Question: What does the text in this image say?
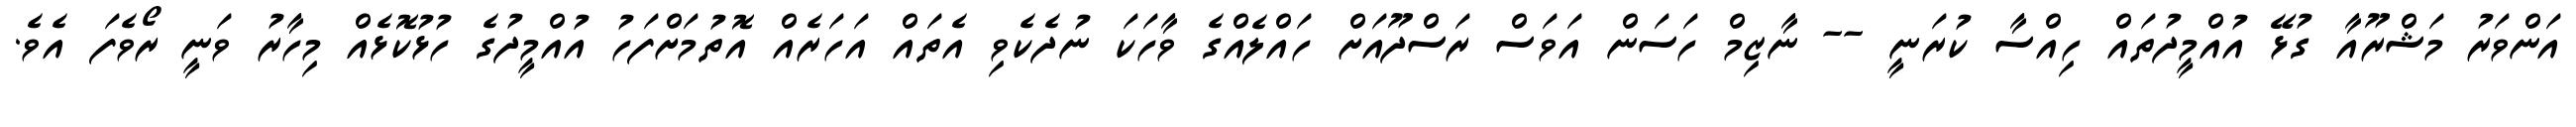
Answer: އަންވަރު މަޝްރޫއާ ގުޅޭ އުއްމީދުތައް ހިއްސާ ކުރަނީ -- ނާޒިމް ހަސަން އަވަސް ރަސްދޫއަށް ހައްލެއްގެ ވާހަކަ ނުދެކެވި އެތައް އަހަރެއް އޮތުމަށްފަހު އުއްމީދުގެ ހުޅުކޮޅެއް މިހާރު ވަނީ ރޯވެފަ އެވެ.